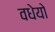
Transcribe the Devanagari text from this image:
वधेयो